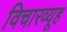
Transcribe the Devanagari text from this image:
विचारव्यूह